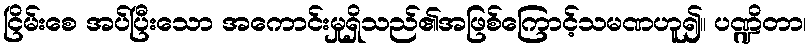
ငြိမ်းစေ အပ်ပြီးသော အကောင်းမှုရှိသည်၏အဖြစ်ကြောင့်သမဏဟူ၍။ ပဏ္ဍိတာ၊